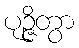
ပုဉ္ဇိတွာ